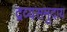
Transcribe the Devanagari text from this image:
द्रव्यसमुदाय